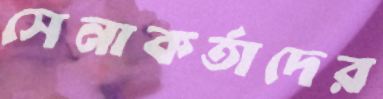
সেনাকর্তাদের